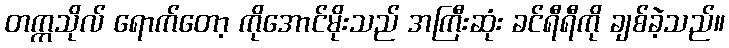
တက္ကသိုလ် ရောက်တော့ ကိုအောင်မိုးသည် အကြီးဆုံး ခင်ရီရီကို ချစ်ခဲ့သည်။